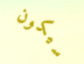
سيكون